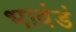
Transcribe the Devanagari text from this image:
भावंडं